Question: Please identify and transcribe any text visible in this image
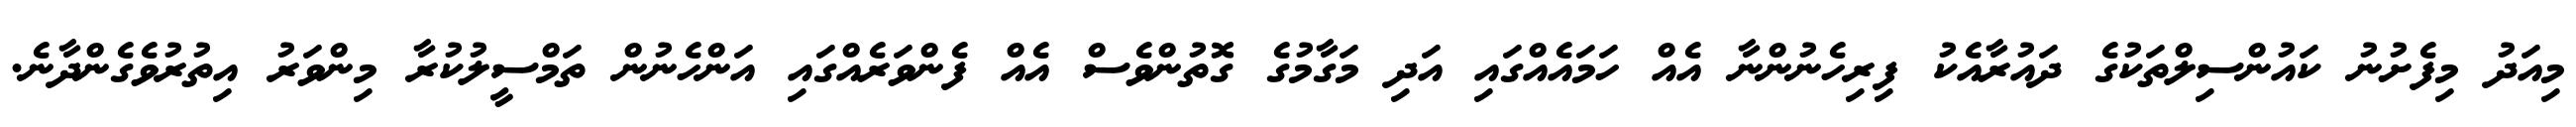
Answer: މިއަދު މިފެށުނު ކައުންސިލްތަކުގެ ދައުރާއެކު ފިރިހެނުންނާ އެއް ހަމައެއްގައި އަދި މަގާމުގެ ގޮތުންވެސް އެއް ފެންވަރެއްގައި އަންހެނުން ތަމްސީލުކުރާ މިންވަރު އިތުރުވެގެންދާނެ.